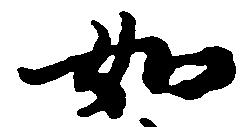
如